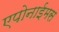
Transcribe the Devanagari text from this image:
एपोनाईमस